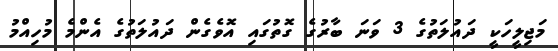
މަޖިލީހަކީ ދައުލަތުގެ 3 ވަނަ ބާރުގެ ގޮތުގައި އޮވެގެން ދައުލަތުގެ އެންމެ މުހިއްމު